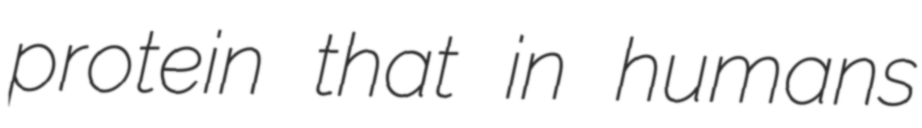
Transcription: protein that in humans